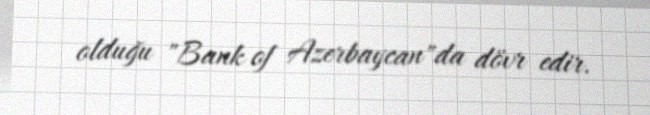
olduğu "Bank of Azerbaycan"da dövr edir.